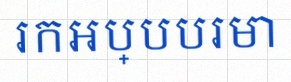
រកអប្បបរមា